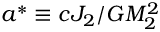
a ^ { * } \equiv c J _ { 2 } / G M _ { 2 } ^ { 2 }